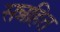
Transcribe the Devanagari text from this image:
सन्नहित